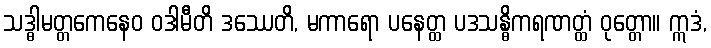
သဒ္ဓါမတ္တကေနေဝ ဝဒါမီတိ ဒဿေတိ, မကာရော ပနေတ္ထ ပဒသန္ဓိကရဏတ္ထံ ဝုတ္တော။ ဣဒံ,